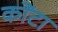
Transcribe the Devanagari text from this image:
कोंटा